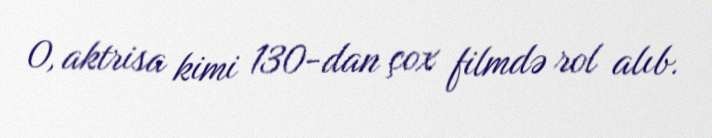
O, aktrisa kimi 130-dan çox filmdə rol alıb.